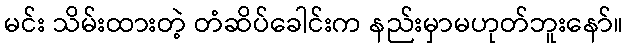
မင်း သိမ်းထားတဲ့ တံဆိပ်ခေါင်းက နည်းမှာမဟုတ်ဘူးနော်။